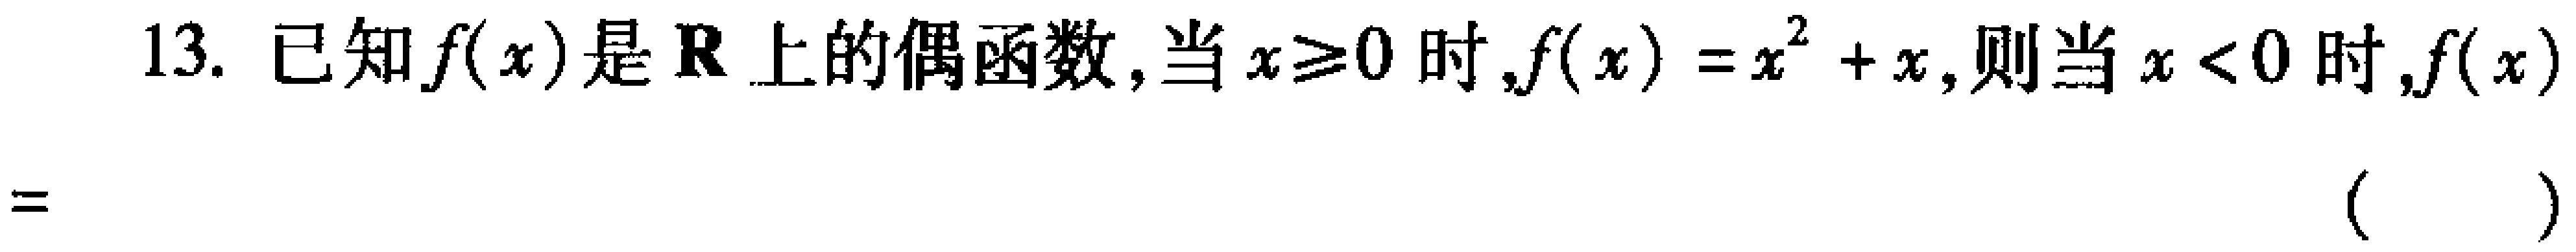
13. 已知\(f(x)\)是\(\mathbf{R}\)上的偶函数，当\(x\geq0\)时，\(f(x)=x^{2}+x\)，则当\(x < 0\)时，\(f(x)\)

\(=\) （ ）